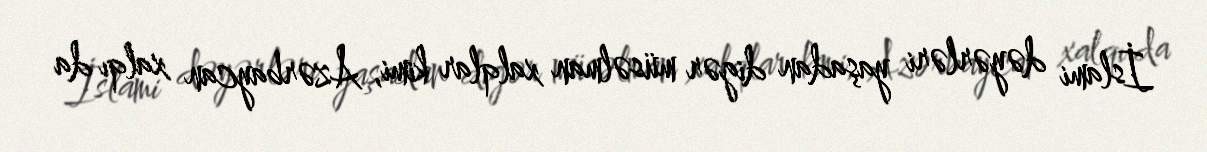
İslami dəyərləri yaşadan digər müsəlman xalqlar kimi, Azərbaycan xalqı da